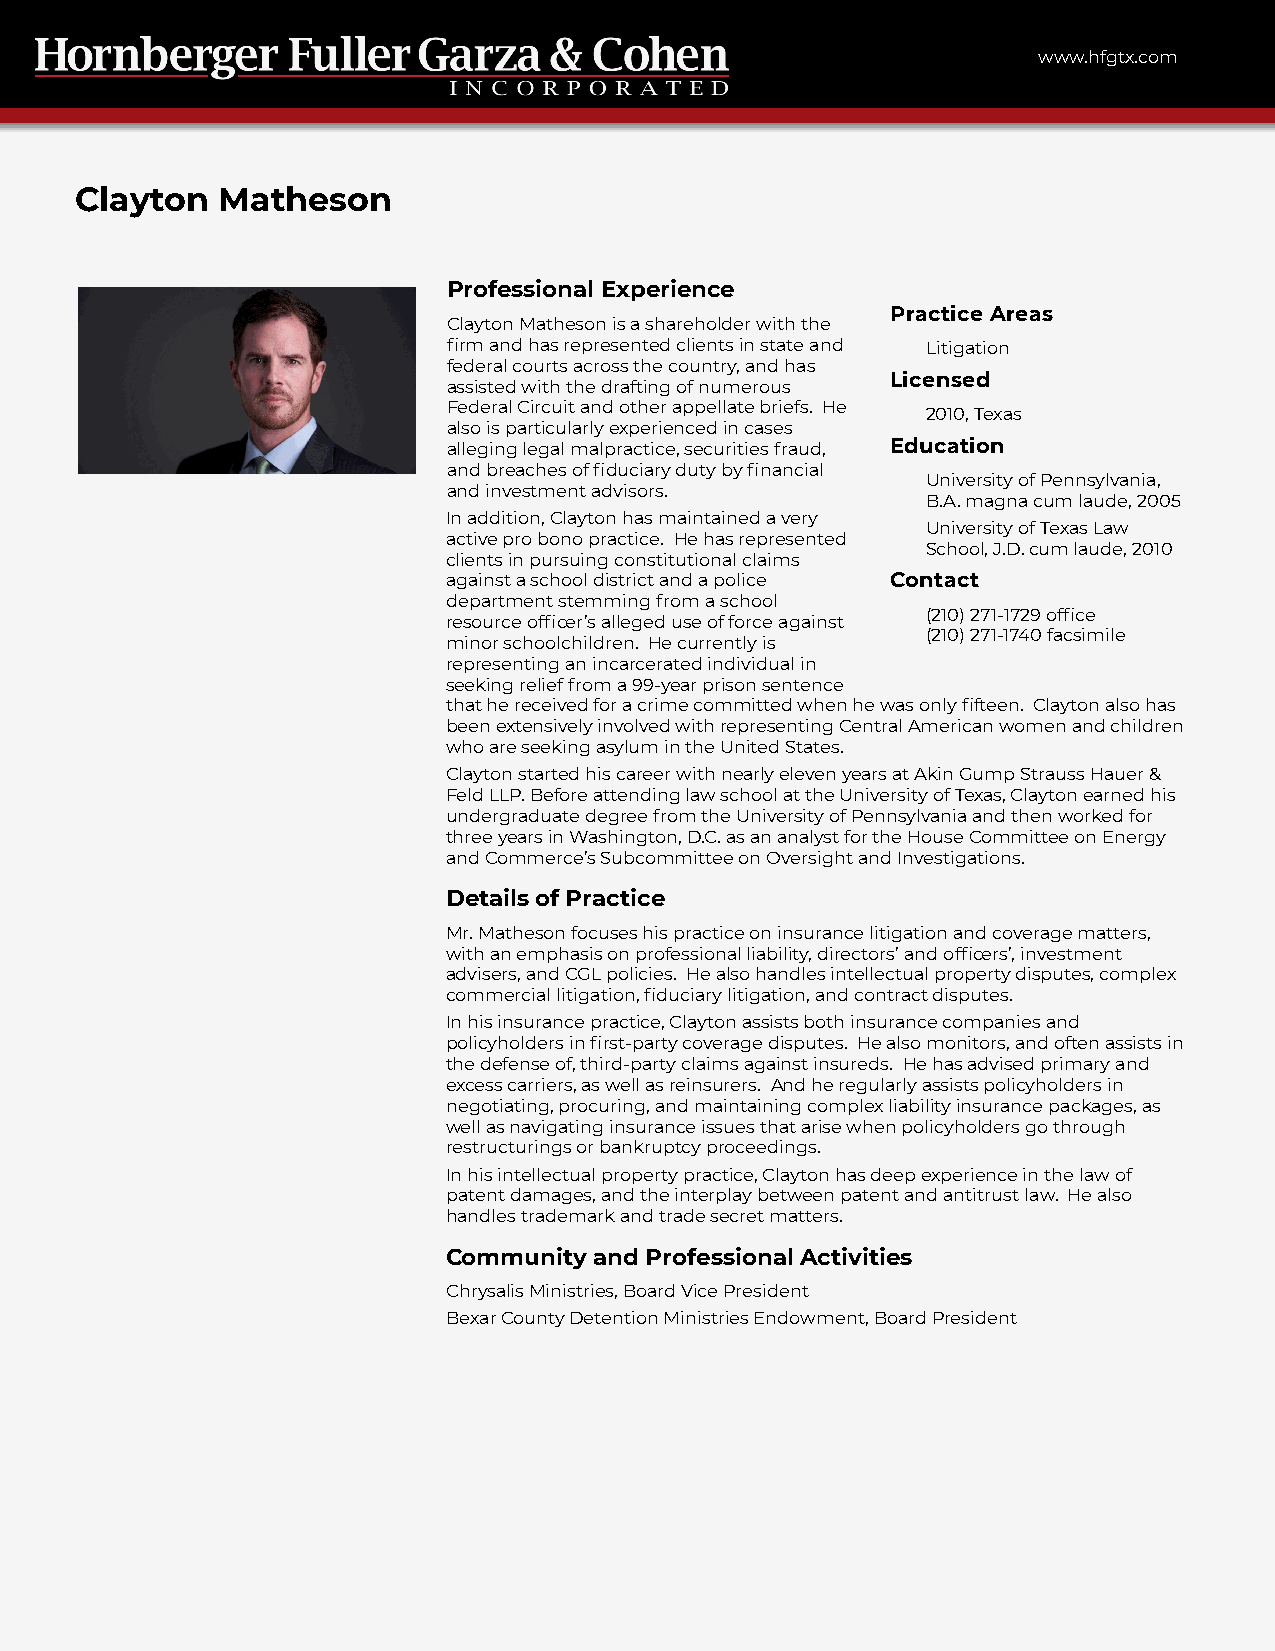
www.hfgtx.com
 Clayton  Matheson
 Professional Experience
 Practice Areas
 Clayton Matheson is a shareholder with the
 firm and has represented clients in state and Litigation
 federal courts across the country, and has
 Licensed
 assisted with the drafting of numerous
 Federal Circuit and other appellate briefs. He
 2010, Texas
 also is particularly experienced in cases
 alleging legal malpractice, securities fraud, Education
 and breaches of fiduciary duty by financial
 University of Pennsylvania,
 and investment advisors.
 B.A. magna cum laude, 2005
 In addition, Clayton has maintained a very
 University of Texas Law
 active pro bono practice. He has represented
 School, J.D. cum laude, 2010
 clients in pursuing constitutional claims
 against a school district and a police Contact
 department stemming from a school
 (210) 271-1729 office
 resource officer’s alleged use of force against
 (210) 271-1740 facsimile
 minor schoolchildren. He currently is
 representing an incarcerated individual in
 seeking relief from a 99-year prison sentence
 that he received for a crime committed when he was only fifteen. Clayton also has
 been extensively involved with representing Central American women and children
 who are seeking asylum in the United States.
 Clayton started his career with nearly eleven years at Akin Gump Strauss Hauer &
 Feld LLP. Before attending law school at the University of Texas, Clayton earned his
 undergraduate degree from the University of Pennsylvania and then worked for
 three years in Washington, D.C. as an analyst for the House Committee on Energy
 and Commerce’s Subcommittee on Oversight and Investigations.
 Details of Practice
 Mr. Matheson focuses his practice on insurance litigation and coverage matters,
 with an emphasis on professional liability, directors’ and officers’, investment
 advisers, and CGL policies. He also handles intellectual property disputes, complex
 commercial litigation, fiduciary litigation, and contract disputes.
 In his insurance practice, Clayton assists both insurance companies and
 policyholders in first-party coverage disputes. He also monitors, and often assists in
 the defense of, third-party claims against insureds. He has advised primary and
 excess carriers, as well as reinsurers. And he regularly assists policyholders in
 negotiating, procuring, and maintaining complex liability insurance packages, as
 well as navigating insurance issues that arise when policyholders go through
 restructurings or bankruptcy proceedings.
 In his intellectual property practice, Clayton has deep experience in the law of
 patent damages, and the interplay between patent and antitrust law. He also
 handles trademark and trade secret matters.
 Community and Professional Activities
 Chrysalis Ministries, Board Vice President
 Bexar County Detention Ministries Endowment, Board President